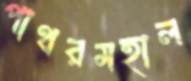
পাথরমহাল